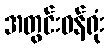
အတွင်းဝန်ရုံး